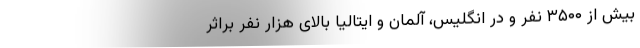
بیش از ۳۵۰۰ نفر و در انگلیس، آلمان و ایتالیا بالای هزار نفر براثر